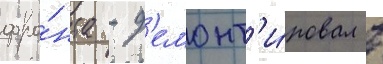
фро́нта - д'емонт'и́ровал в